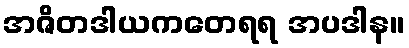
အဇိတဒါယကတေရရ အပဒါန။